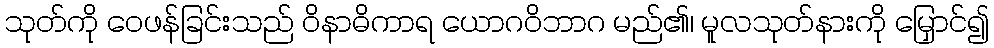
သုတ်ကို ဝေဖန်ခြင်းသည် ဝိနာဓိကာရ ယောဂဝိဘာဂ မည်၏၊ မူလသုတ်နားကို မြှောင်၍